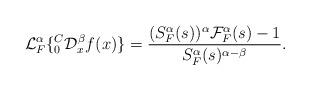
LaTeX: \begin{align*}\mathcal{L}_{F}^{\alpha}\{ _{0}^{C}\mathcal{D}_{x}^{\beta}f(x) \}=\frac{(S_{F}^{\alpha}(s))^{ \alpha}\mathcal{F}_{F}^{\alpha}(s)-1 }{S_{F}^{\alpha}(s)^{\alpha-\beta}}.\end{align*}